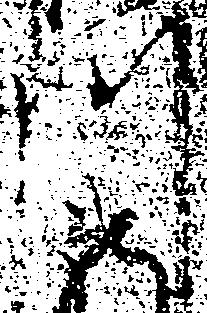
川